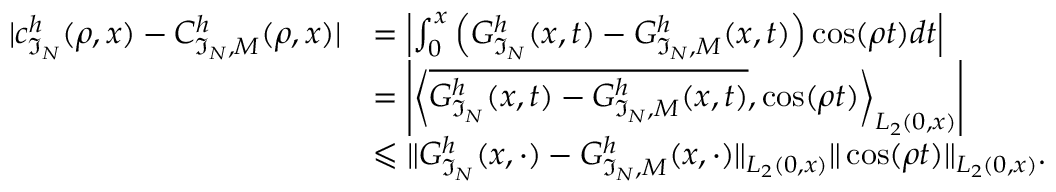
\begin{array} { r l } { | c _ { \mathfrak { I } _ { N } } ^ { h } ( \rho , x ) - C _ { \mathfrak { I } _ { N } , M } ^ { h } ( \rho , x ) | } & { = \left| \int _ { 0 } ^ { x } \left( G _ { \mathfrak { I } _ { N } } ^ { h } ( x , t ) - G _ { \mathfrak { I } _ { N } , M } ^ { h } ( x , t ) \right) \cos ( \rho t ) d t \right| } \\ & { = \left| \left\langle \overline { { G _ { \mathfrak { I } _ { N } } ^ { h } ( x , t ) - G _ { \mathfrak { I } _ { N } , M } ^ { h } ( x , t ) } } , \cos ( \rho t ) \right\rangle _ { L _ { 2 } ( 0 , x ) } \right| } \\ & { \leqslant \| G _ { \mathfrak { I } _ { N } } ^ { h } ( x , \cdot ) - G _ { \mathfrak { I } _ { N } , M } ^ { h } ( x , \cdot ) \| _ { L _ { 2 } ( 0 , x ) } \| \cos ( \rho t ) \| _ { L _ { 2 } ( 0 , x ) } . } \end{array}